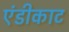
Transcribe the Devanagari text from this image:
एंडीकाट